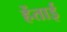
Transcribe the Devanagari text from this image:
हेंताई